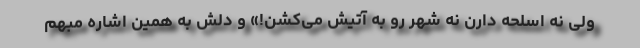
ولی نه اسلحه دارن نه شهر رو به آتیش می‌کشن!» و دلش به همین اشاره مبهم